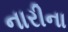
નારીના